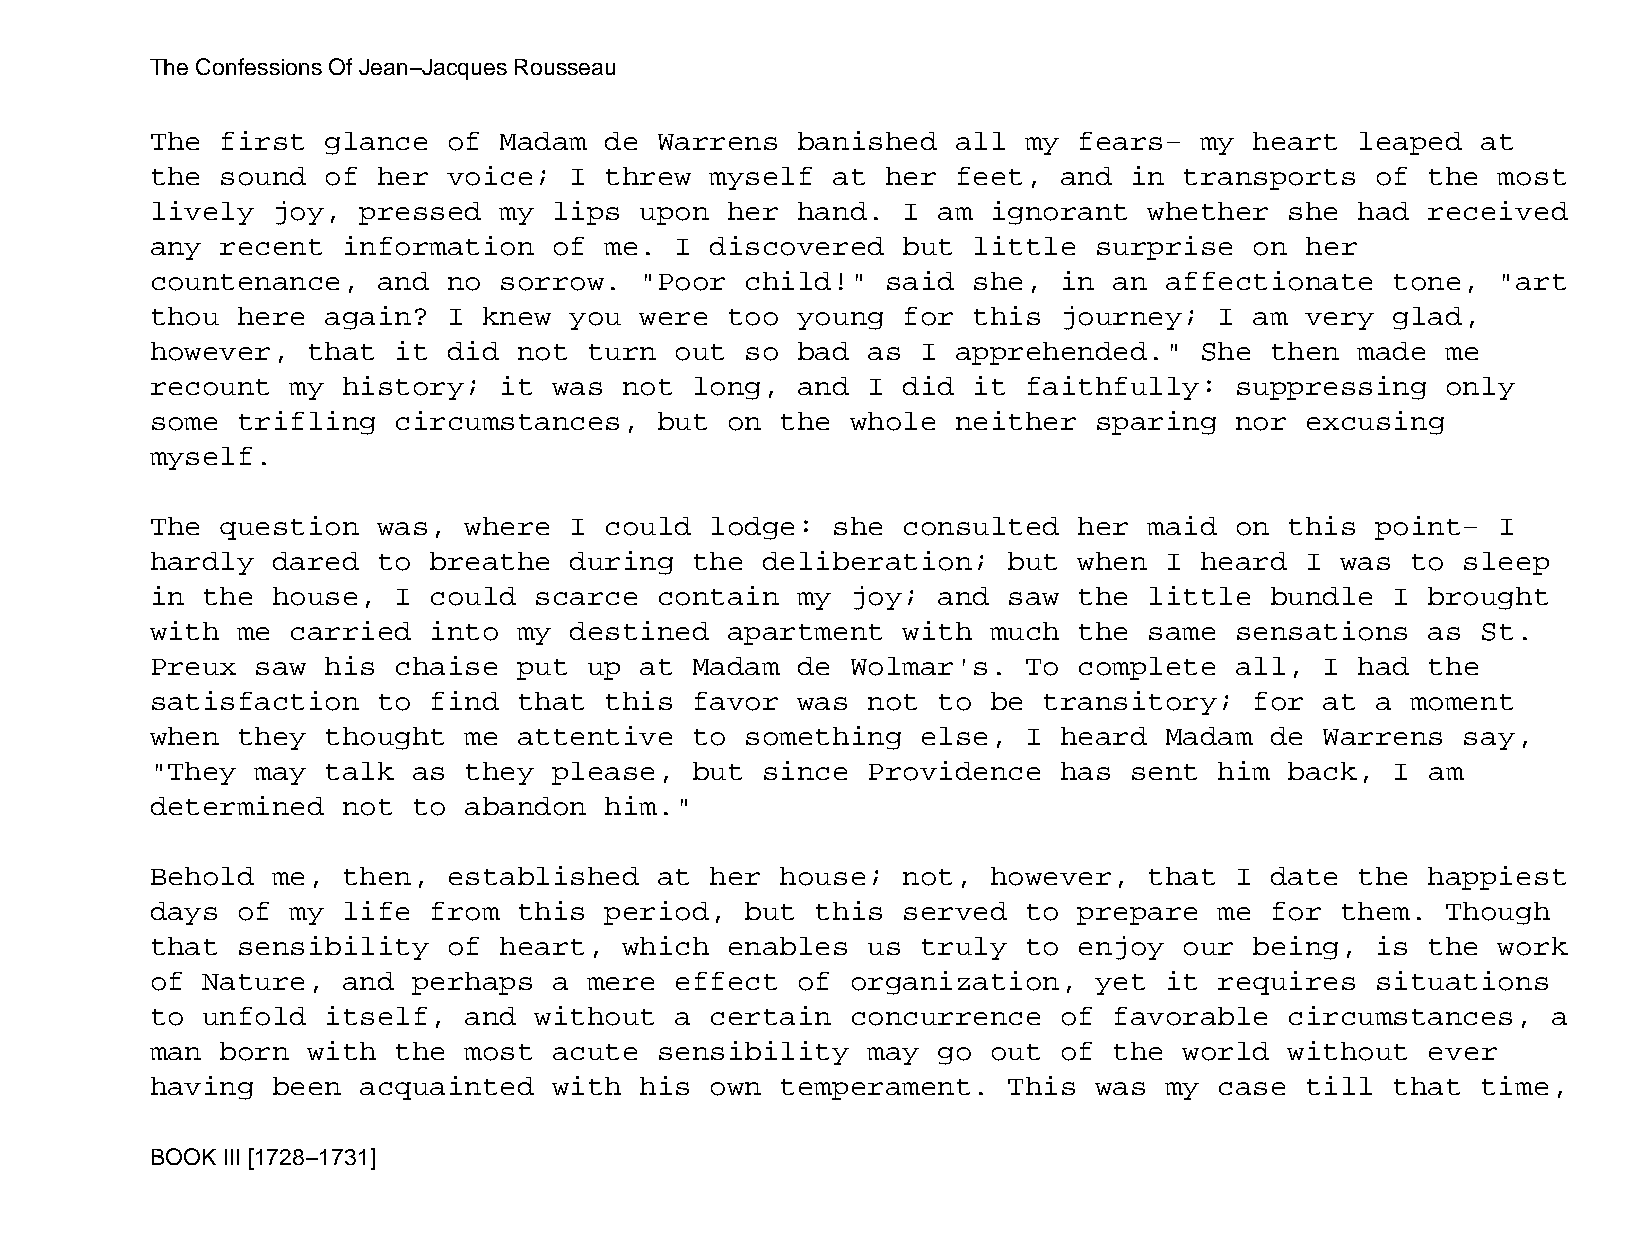
The Confessions Of Jean−Jacques Rousseau
 The  first  glance  of Madam  de  Warrens  banished  all  my fears−  my  heart  leaped  at
 the  sound  of her  voice;  I threw  myself  at  her feet,  and  in transports   of  the most
 lively  joy,  pressed  my  lips upon  her  hand.  I am  ignorant  whether  she  had  received
 any  recent  information   of me.  I discovered   but little  surprise   on her
 countenance,   and  no sorrow.  "Poor  child!"   said she,  in  an affectionate   tone,  "art
 thou  here  again?  I knew  you were  too  young  for this  journey;   I am very  glad,
 however,  that  it  did not  turn  out so  bad as  I apprehended."   She  then  made  me
 recount  my  history;  it  was not  long,  and I  did it  faithfully:   suppressing   only
 some  trifling  circumstances,    but on  the whole  neither  sparing   nor excusing
 myself.
 The  question  was,  where  I could  lodge:  she  consulted  her  maid  on this  point−  I
 hardly  dared  to breathe   during  the deliberation;    but when  I heard  I  was to  sleep
 in the  house,  I could  scarce   contain  my joy;  and  saw the  little  bundle  I  brought
 with  me carried  into  my  destined  apartment   with  much the  same  sensations   as St.
 Preux  saw  his chaise  put  up at  Madam  de Wolmar's.   To complete   all,  I had  the
 satisfaction   to find  that  this  favor  was not  to  be transitory;   for  at a moment
 when  they  thought  me attentive   to something   else,  I heard  Madam  de  Warrens  say,
 "They  may  talk as  they  please,  but since  Providence   has  sent  him back,  I  am
 determined   not to  abandon  him."
 Behold  me,  then,  established   at her  house;  not,  however,  that  I date  the  happiest
 days  of my  life from  this  period,  but  this  served  to prepare   me for  them.  Though
 that  sensibility   of heart,  which  enables  us  truly  to enjoy  our  being,  is  the work
 of Nature,   and perhaps   a mere  effect  of organization,   yet  it  requires  situations
 to unfold   itself,  and without   a certain  concurrence   of  favorable  circumstances,    a
 man  born with  the  most  acute  sensibility  may  go  out of  the world  without   ever
 having  been  acquainted   with his  own  temperament.   This was  my  case till  that  time,
 BOOK III [1728−1731]